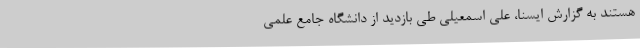
هستند به گزارش ایسنا، علی اسمعیلی طی بازدید از دانشگاه جامع علمی